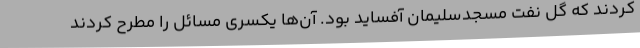
کردند که گل نفت مسجدسلیمان آفساید بود. آن‌ها یکسری مسائل را مطرح کردند